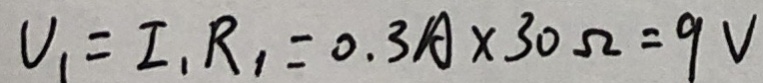
U _ { 1 } = I _ { 1 } R _ { 1 } = 0 . 3 A \times 3 0 \Omega = 9 V